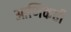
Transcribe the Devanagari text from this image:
आणिकही